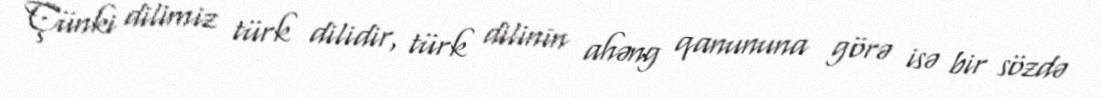
Çünki dilimiz türk dilidir, türk dilinin ahəng qanununa görə isə bir sözdə